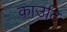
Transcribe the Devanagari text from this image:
काउटि